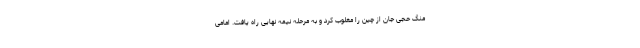
منگ حجی جان از چین را مغلوب کرد و به مرحله نیمه نهایی راه یافت. امامی